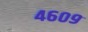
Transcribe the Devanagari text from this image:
४६०९